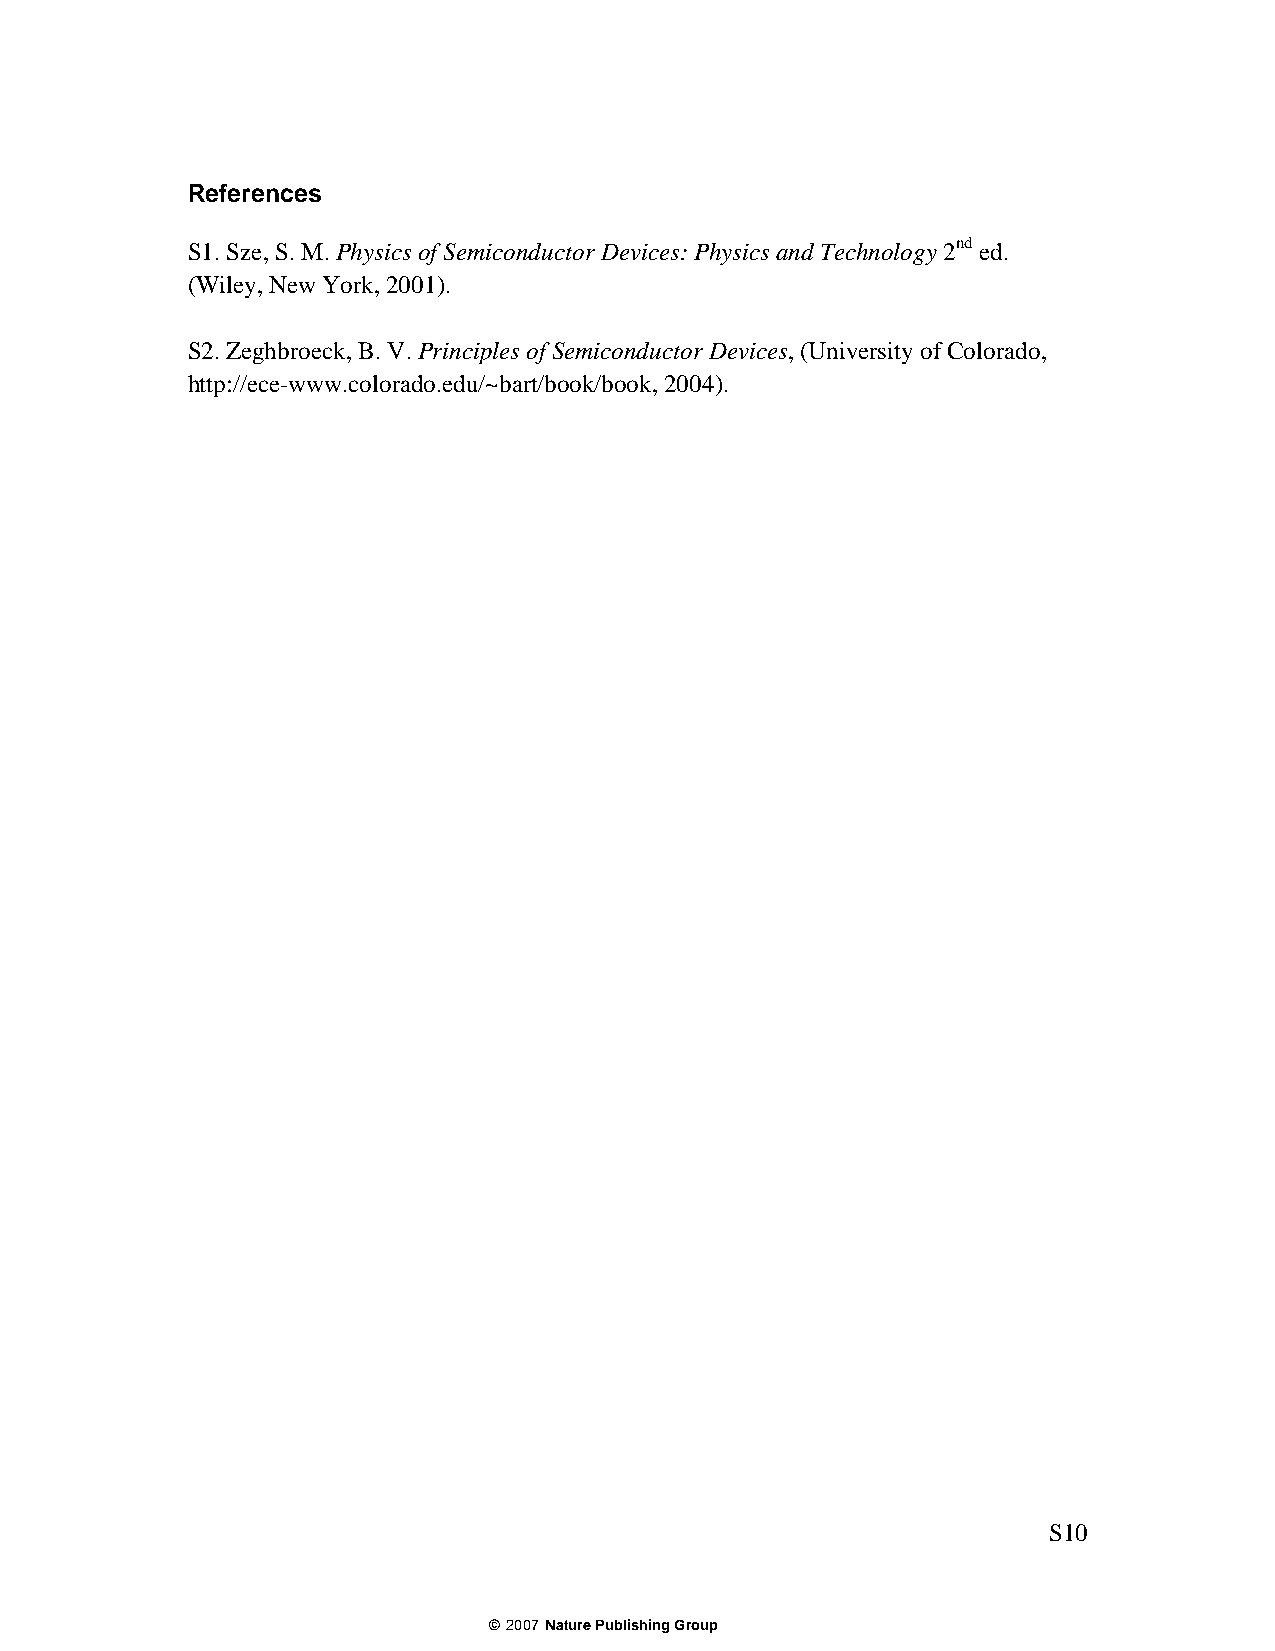
References
 S1. Sze, S. M. Physics of Semiconductor Devices: Physics and Technology 2nd ed.
 (Wiley, New York, 2001).
 S2. Zeghbroeck, B. V. Principles of Semiconductor Devices, (University of Colorado,
 http://ece-www.colorado.edu/~bart/book/book, 2004).
 S10
 ©2007 Nature Publishing Group